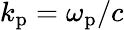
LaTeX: k_{\mathrm{p}}=\omega_{\mathrm{p}}/{c}